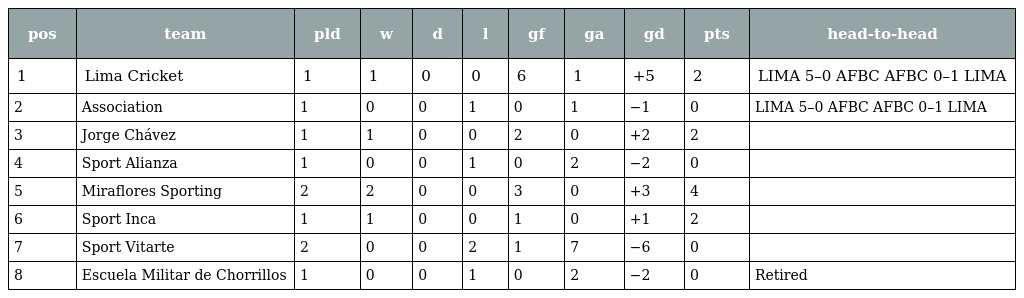
| pos | team | pld | w | d | l | gf | ga | gd | pts | head-to-head |
 | --- | --- | --- | --- | --- | --- | --- | --- | --- | --- | --- |
 | 1 | Lima Cricket | 1 | 1 | 0 | 0 | 6 | 1 | +5 | 2 | LIMA 5–0 AFBC AFBC 0–1 LIMA |
 | 2 | Association | 1 | 0 | 0 | 1 | 0 | 1 | −1 | 0 | LIMA 5–0 AFBC AFBC 0–1 LIMA |
 | 3 | Jorge Chávez | 1 | 1 | 0 | 0 | 2 | 0 | +2 | 2 |  |
 | 4 | Sport Alianza | 1 | 0 | 0 | 1 | 0 | 2 | −2 | 0 |  |
 | 5 | Miraflores Sporting | 2 | 2 | 0 | 0 | 3 | 0 | +3 | 4 |  |
 | 6 | Sport Inca | 1 | 1 | 0 | 0 | 1 | 0 | +1 | 2 |  |
 | 7 | Sport Vitarte | 2 | 0 | 0 | 2 | 1 | 7 | −6 | 0 |  |
 | 8 | Escuela Militar de Chorrillos | 1 | 0 | 0 | 1 | 0 | 2 | −2 | 0 | Retired |